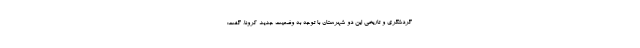
گردشگری و تاریخی این دو شهرستان با توجه به وضعیت جدید کرونا، گفت: